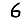
Digit: 6